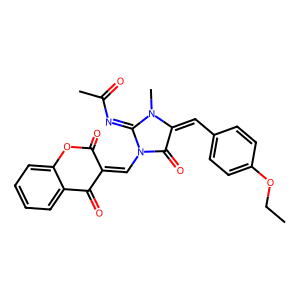
SMILES: CCOc1ccc(C=C2C(=O)N(C=C3C(=O)Oc4ccccc4C3=O)C(=NC(C)=O)N2C)cc1
Inhibits HIV replication: No